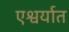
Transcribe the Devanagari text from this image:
एश्वर्यात